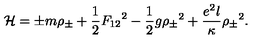
{ \cal H } = { \pm } m { \rho } _ { \pm } + { \frac { 1 } { 2 } } { F _ { 1 2 } } ^ { 2 } - { \frac { 1 } { 2 } } g { { \rho } _ { \pm } } ^ { 2 } + { \frac { e ^ { 2 } l } { \kappa } } { { \rho } _ { \pm } } ^ { 2 } .